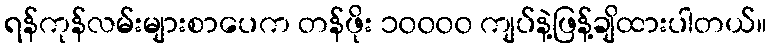
ရန်ကုန်လမ်းများစာပေက တန်ဖိုး ၁၀၀၀၀ ကျပ်နဲ့ဖြန့်ချိထားပါတယ်။